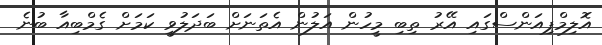
އޮލިމްޕިއަންސްގައި އޭރު ތިބި މީހުން އަލުން އެތަނަށް ބަދަލުވީ ކަމަށް ގެމްބިއާ ބުނެ